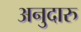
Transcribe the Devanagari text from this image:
अनुदारु